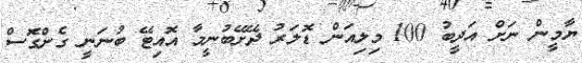
ޔާމީން ނަށް އަދީބު 100 މިލިއަން ޑޮލަރު ދޭށޭބުނީމާ އޮއިޓޭ ބުނަނީ ގެންގޮަސް